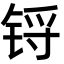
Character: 锊